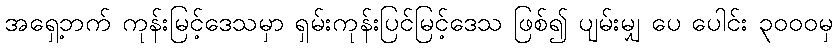
အရှေ့ဘက် ကုန်းမြင့်ဒေသမှာ ရှမ်းကုန်းပြင်မြင့်ဒေသ ဖြစ်၍ ပျမ်းမျှ ပေ ပေါင်း ၃၀၀၀မှ